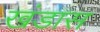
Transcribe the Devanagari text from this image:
खंडास